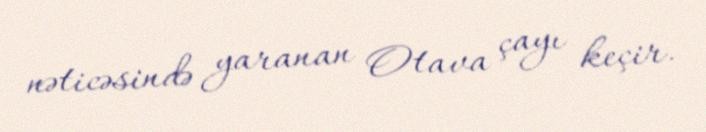
nəticəsində yaranan Otava çayı keçir.